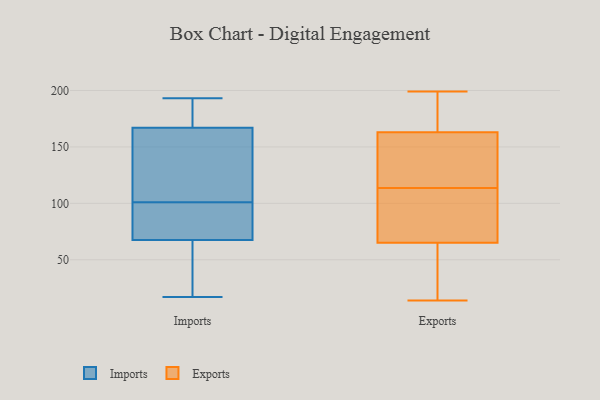
{"axis": {"x": "Inventory Turnover", "y": "Value"}, "legend": ["Exports", "Imports"], "data": [{"x": "", "y": 52, "type": "Imports"}, {"x": "", "y": 109, "type": "Imports"}, {"x": "", "y": 143, "type": "Imports"}, {"x": "", "y": 115, "type": "Imports"}, {"x": "", "y": 170, "type": "Imports"}, {"x": "", "y": 39, "type": "Imports"}, {"x": "", "y": 17, "type": "Imports"}, {"x": "", "y": 66, "type": "Imports"}, {"x": "", "y": 93, "type": "Imports"}, {"x": "", "y": 80, "type": "Imports"}, {"x": "", "y": 193, "type": "Imports"}, {"x": "", "y": 164, "type": "Imports"}, {"x": "", "y": 69, "type": "Imports"}, {"x": "", "y": 89, "type": "Imports"}, {"x": "", "y": 184, "type": "Imports"}, {"x": "", "y": 189, "type": "Imports"}, {"x": "", "y": 65, "type": "Exports"}, {"x": "", "y": 54, "type": "Exports"}, {"x": "", "y": 163, "type": "Exports"}, {"x": "", "y": 134, "type": "Exports"}, {"x": "", "y": 128, "type": "Exports"}, {"x": "", "y": 154, "type": "Exports"}, {"x": "", "y": 46, "type": "Exports"}, {"x": "", "y": 164, "type": "Exports"}, {"x": "", "y": 178, "type": "Exports"}, {"x": "", "y": 54, "type": "Exports"}, {"x": "", "y": 93, "type": "Exports"}, {"x": "", "y": 99, "type": "Exports"}, {"x": "", "y": 77, "type": "Exports"}, {"x": "", "y": 14, "type": "Exports"}, {"x": "", "y": 160, "type": "Exports"}, {"x": "", "y": 199, "type": "Exports"}, {"x": "", "y": 175, "type": "Exports"}, {"x": "", "y": 94, "type": "Exports"}]}